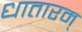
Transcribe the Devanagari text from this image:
धातारम्